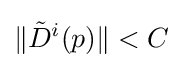
\|{\tilde {D}}^{i}(p)\|<C